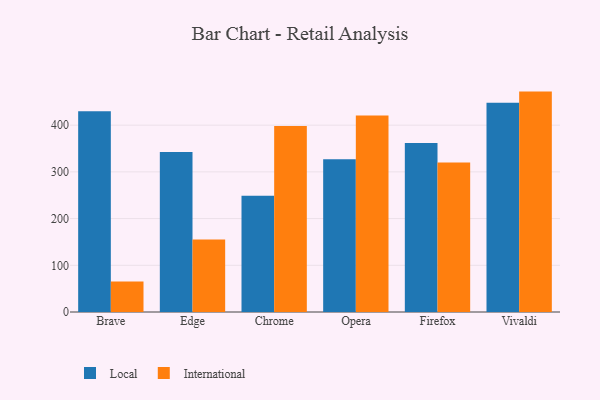
{"axis": {"x": "Browser", "y": "Production Output"}, "legend": ["International", "Local"], "data": [{"x": "Brave", "y": 429.7, "type": "Local"}, {"x": "Brave", "y": 65.4, "type": "International"}, {"x": "Edge", "y": 342.5, "type": "Local"}, {"x": "Edge", "y": 155.1, "type": "International"}, {"x": "Chrome", "y": 248.7, "type": "Local"}, {"x": "Chrome", "y": 398.4, "type": "International"}, {"x": "Opera", "y": 326.8, "type": "Local"}, {"x": "Opera", "y": 420.5, "type": "International"}, {"x": "Firefox", "y": 361.9, "type": "Local"}, {"x": "Firefox", "y": 320.1, "type": "International"}, {"x": "Vivaldi", "y": 447.9, "type": "Local"}, {"x": "Vivaldi", "y": 471.9, "type": "International"}]}